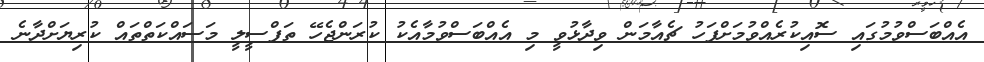
އެއްބަސްވުމުގައި ސޮއިކުރެއްވުމަށްފަހު ޗެއާމަން ވިދާޅުވީ މި އެއްބަސްވުމާއެކު ކުރަންޖެހޭ ތަފްސީލީ މަސައްކަތްތައް ކުރިޔަށްދާނެ